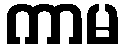
ကာမ